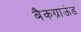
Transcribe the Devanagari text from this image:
बैकग्राऊंड